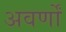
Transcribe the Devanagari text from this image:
अवर्णों